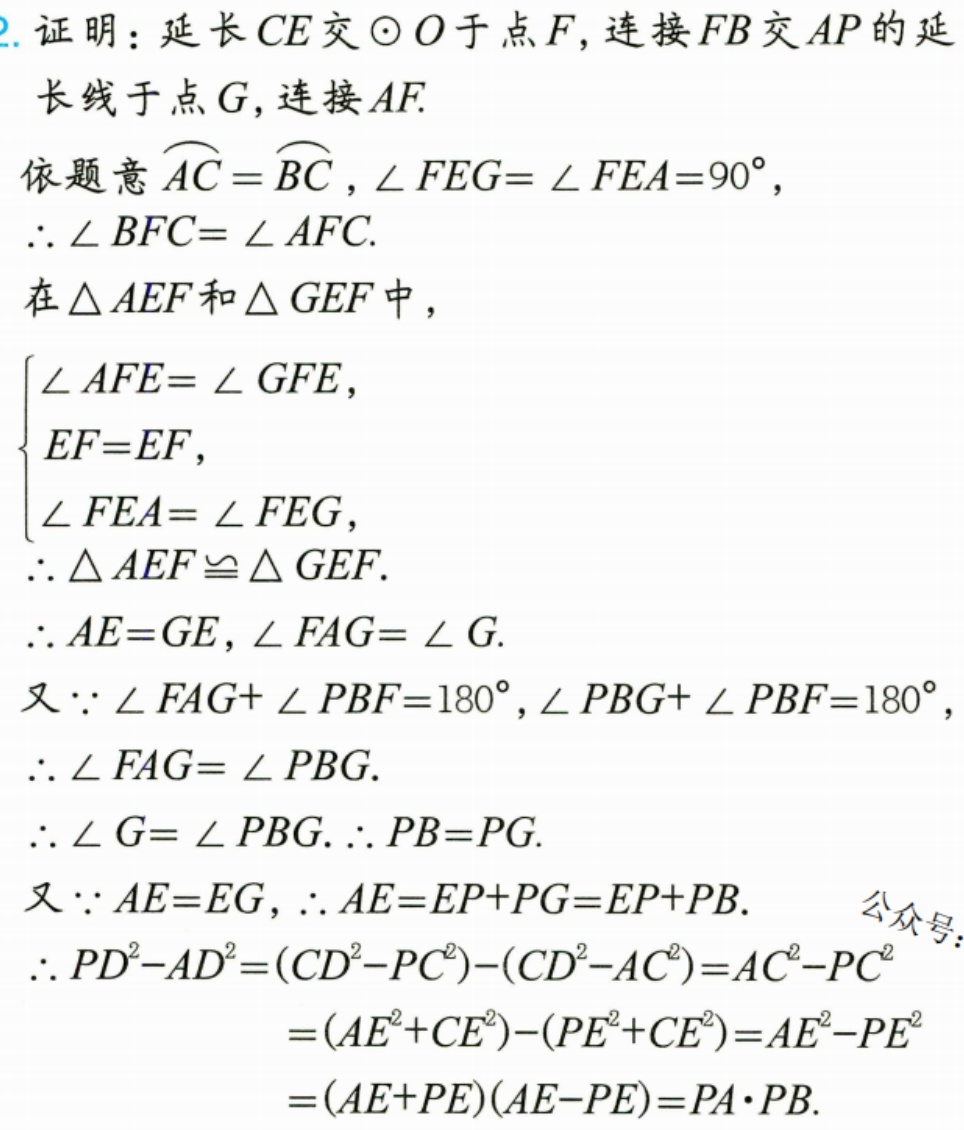
2. 证明：延长 \(CE\) 交 \(\odot O\) 于点 \(F\)，连接 \(FB\) 交 \(AP\) 的延
长线于点 \(G\)，连接 \(AF\).
依题意 \(\overset{\frown}{AC}=\overset{\frown}{BC}\)，\(\angle FEG = \angle FEA = 90^{\circ}\)，
\(\therefore \angle BFC=\angle AFC\).
在 \(\triangle AEF\) 和 \(\triangle GEF\) 中，
\(\begin{cases}
\angle AFE = \angle GFE,\\
EF = EF,\\
\angle FEA=\angle FEG,
\end{cases}\)
\(\therefore \triangle AEF\cong\triangle GEF\).
\(\therefore AE = GE\)，\(\angle FAG=\angle G\).
又 \(\because \angle FAG+\angle PBF = 180^{\circ}\)，\(\angle PBG+\angle PBF = 180^{\circ}\)，
\(\therefore \angle FAG=\angle PBG\).
\(\therefore \angle G=\angle PBG\). \(\therefore PB = PG\).
又 \(\because AE = EG\)，\(\therefore AE=EP + PG=EP + PB\).
\(\therefore PD^{2}-AD^{2}=(CD^{2}-PC^{2})-(CD^{2}-AC^{2})=AC^{2}-PC^{2}\)
\(=(AE^{2}+CE^{2})-(PE^{2}+CE^{2})=AE^{2}-PE^{2}\)
\(=(AE + PE)(AE - PE)=PA\cdot PB\).